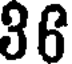
36